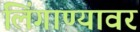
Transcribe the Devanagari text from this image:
लिंगाण्यावर